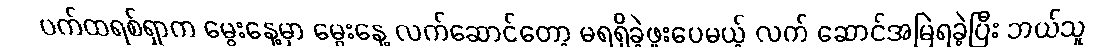
ပက်ထရစ်ရှာက မွေးနေ့မှာ မွေးနေ့ လက်ဆောင်တော့ မရရှိခဲ့ဖူးပေမယ့် လက် ဆောင်အမြဲရခဲ့ပြီး ဘယ်သူ